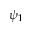
\psi _ { 1 }